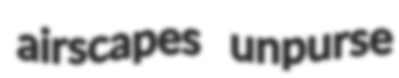
airscapes unpurse